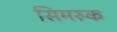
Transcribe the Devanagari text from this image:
सिमरुक